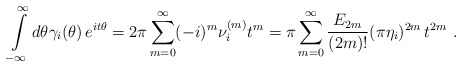
\begin{align*}\int\limits_{-\infty }^{\infty }d\theta \gamma _{i}(\theta )\,e^{it\theta}=2\pi \sum\limits_{m=0}^{\infty }(-i)^{m}\nu _{i}^{(m)}t^{m}=\pi\sum\limits_{m=0}^{\infty }\frac{E_{2m}}{(2m)!}(\pi \eta_{i})^{2m}\,t^{2m}\,\,. \end{align*}